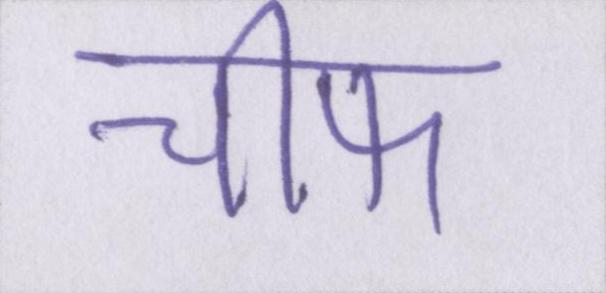
चीफ